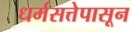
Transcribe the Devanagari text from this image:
धर्मसत्तेपासून